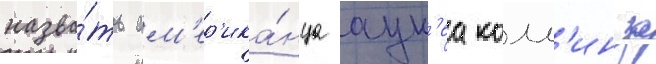
назва́ть ам'ер'ика́нца аук'еа колл'инза